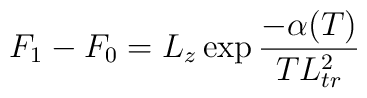
F_1-F_0=L_z\exp{-\alpha(T)\over T L_{tr}^2}